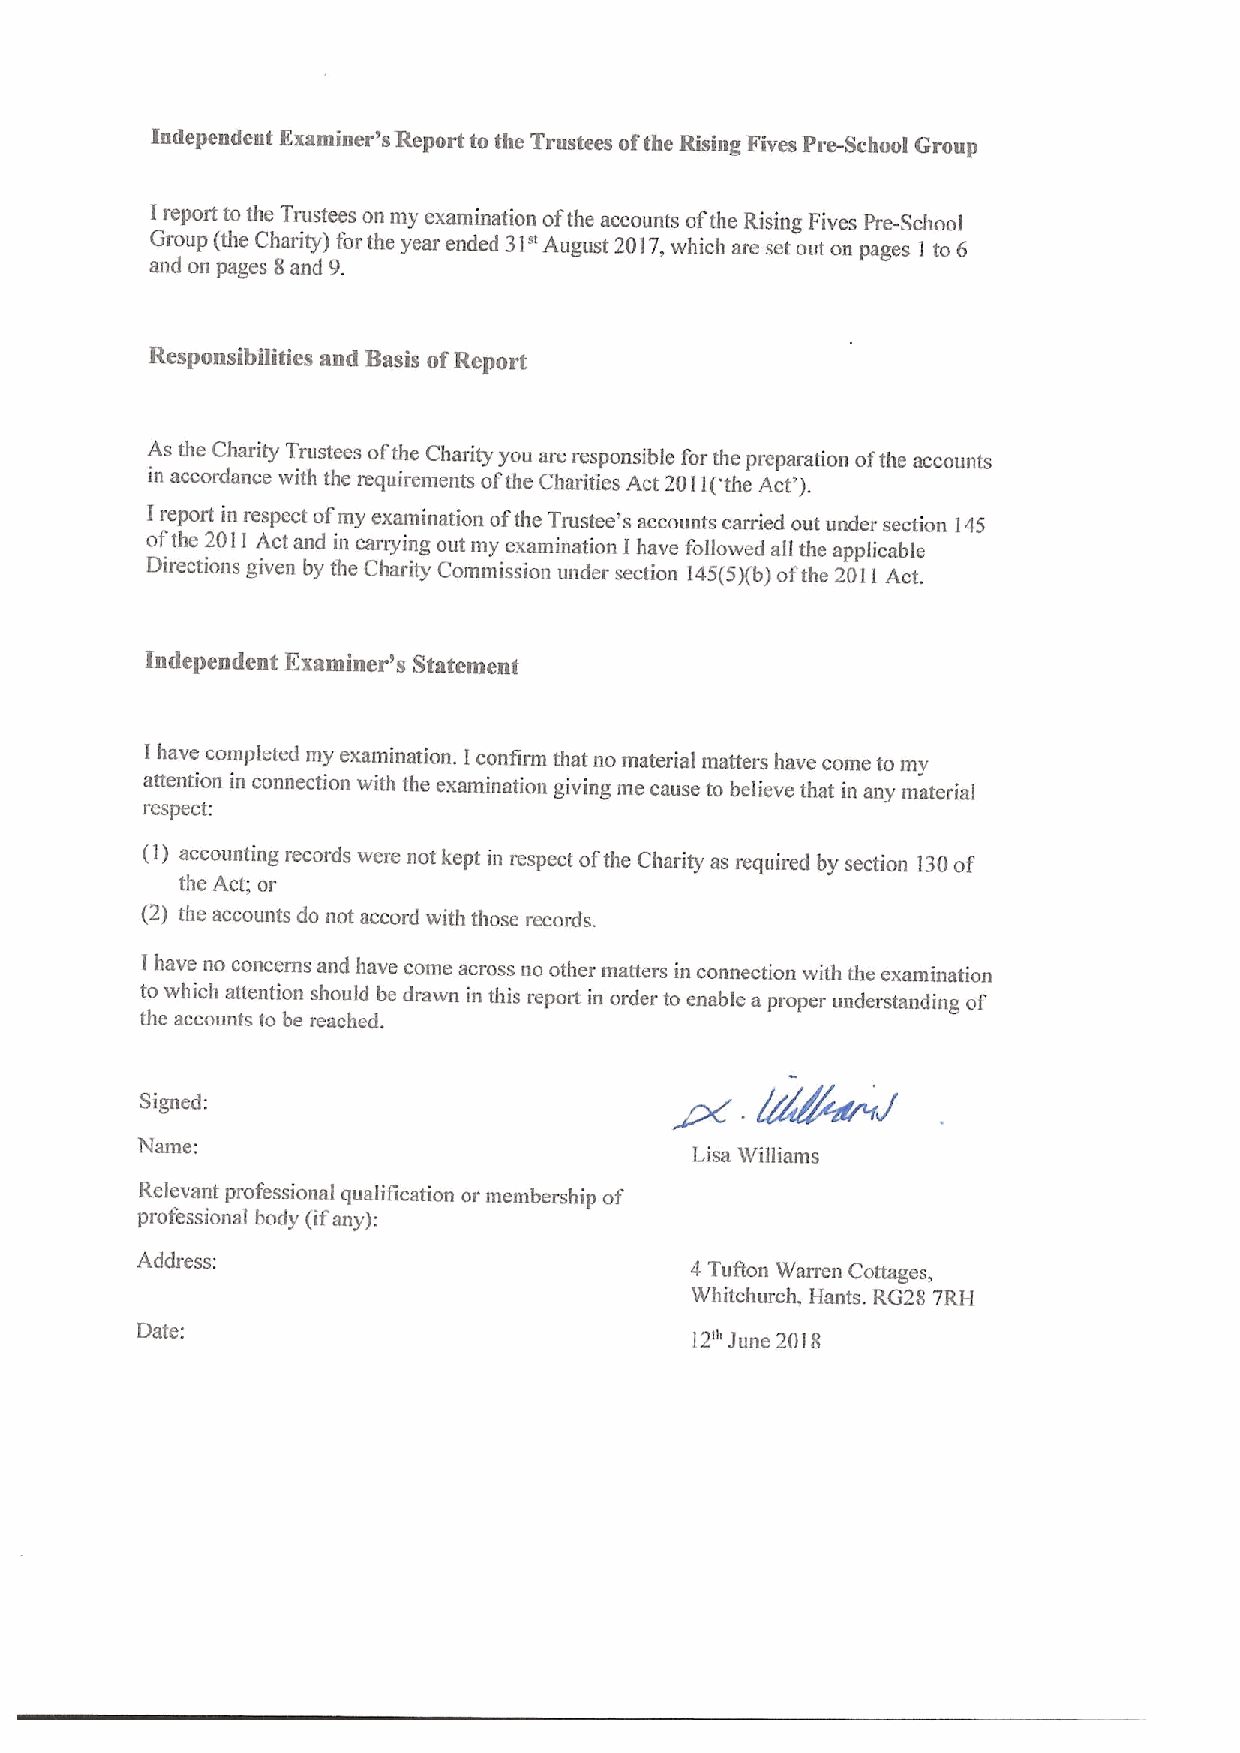
Independent Examiner's Report to the Trustees ofthe Rising Fives Pre-School Group
 Ireport to the Trustees on my examination ofthe accounts ofthe Rising Fives pre-School
 Group (the Charity) forthe year ended 31" August 2017,which are set out on pages I to 6
 and on pages 8and 9.
 Responsibilities and Basis ofReport
 As the Charity Trustees ofthe Charity you are responsible for the preparation ofthe accounts
 in accordance with the requirements ofthe Charities Act 2011('the Act').
 Ireport in respect of my examination ofthe Trustee's accounts carried out under section 145
 ofthe 2011 Act and in carrying out my examination Ihave followed all the applicable
 Directions given by the Charity Commission under section 145(5)(b)ofthe 2011Act.
 Independent Examiner's Statement
 Ihave conipleted my examination. Iconfirm that no material matters have come to my
 attention in connection with the examination giving me cause to believe that in any material
 respect:
 (I) accounting records were not kept in respect ofthe Charity as required by section 130of
 the Act; or
 (2) the accounts do not accord with those records.
 I have no concerns and have come across no other matters in connection with the examination
 to which attention should be drawn in this report in order to enable a proper understanding of'
 the accounts to be reached.
 Signed:
 Name:
 Lisa Williams
 Relevant professional qualification or membership of
 professional body (ifany):
 Address:
 4 Tufton Warren Cottages,
 Whitchurch, Hants. RG28 7RH
 Date:
 12n)une 20i8